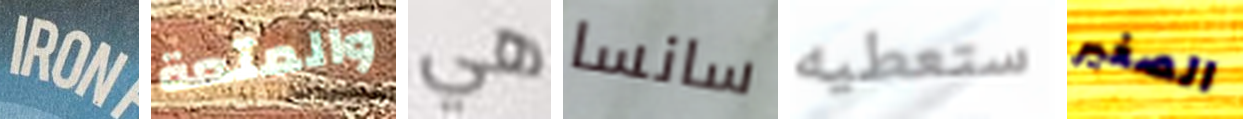
IRON والمتعة هي سانسا ستعطيه الصغير